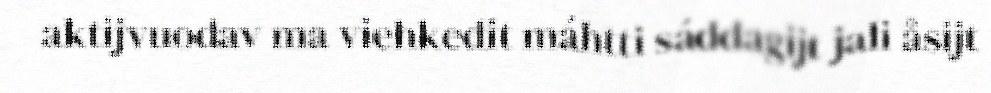
aktijvuodav ma viehkedit máhtti sáddagijt jali åsijt